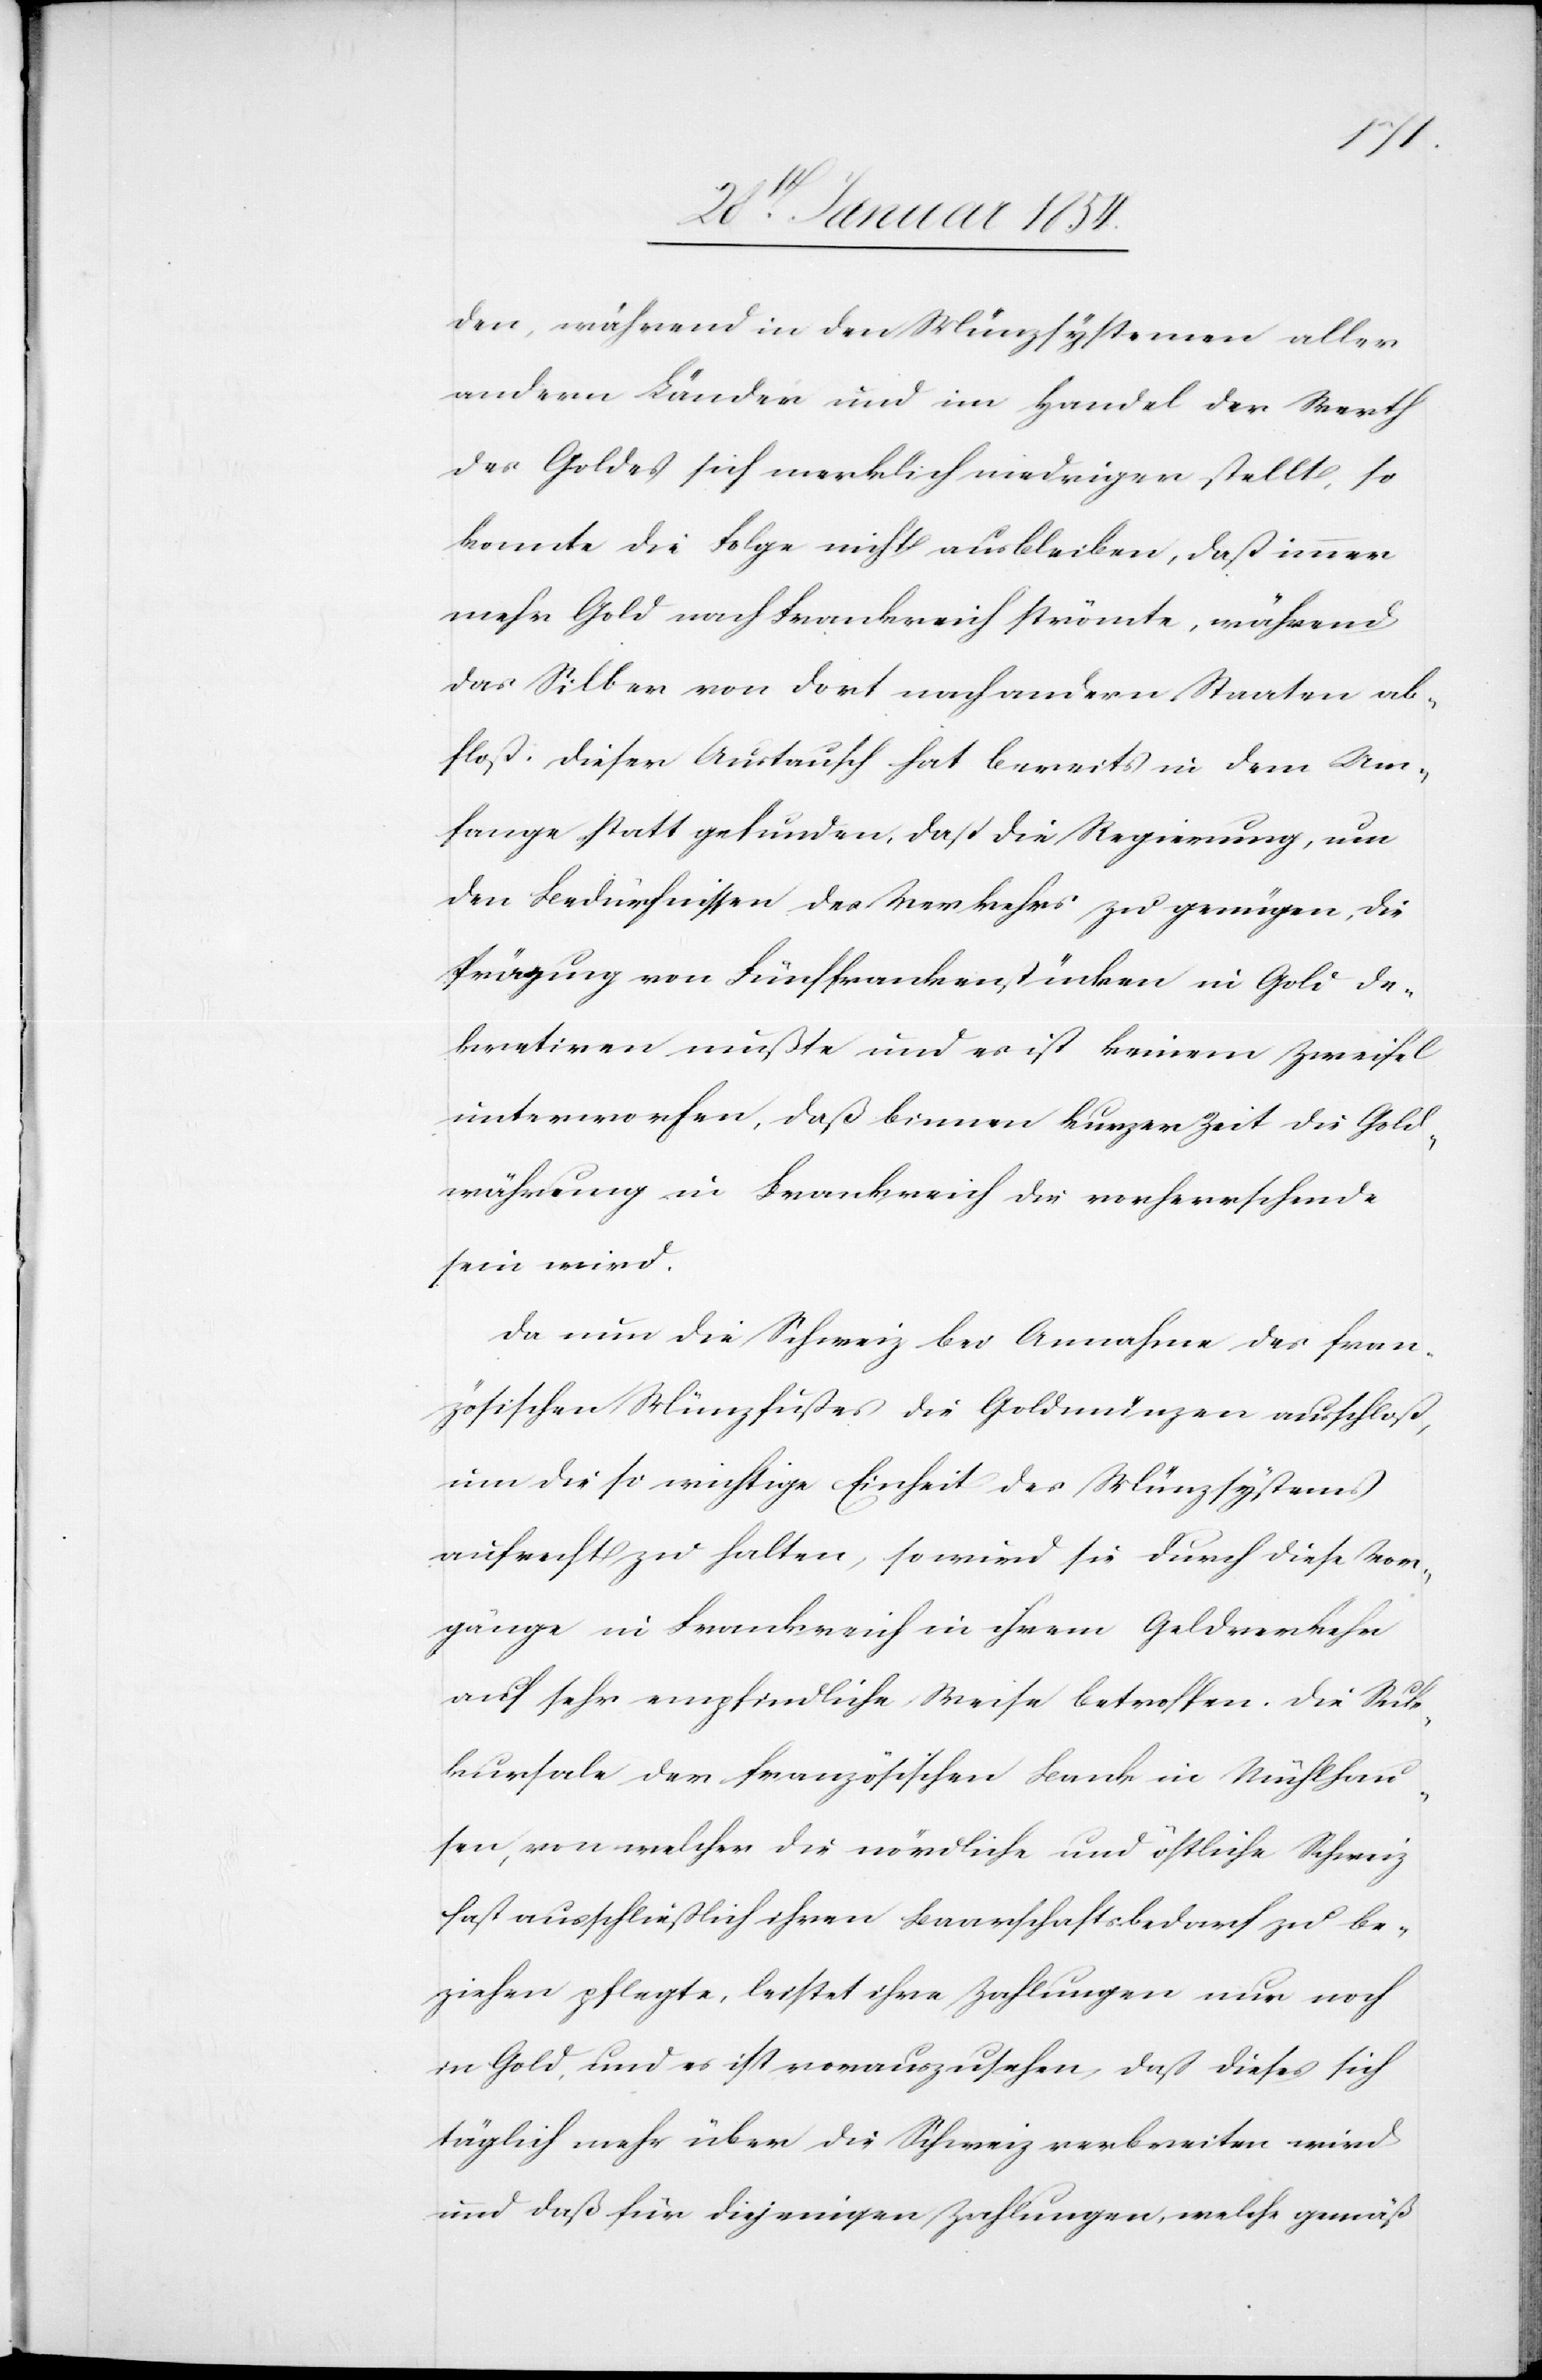
den, während in den Münzsystemen aller
andern Länder und im Handel der Werth
des Goldes sich merklich niedriger stellte, so
konnte die Folge nicht ausbleiben, daß immer
mehr Gold nach Frankreich strömte, während
das Silber von dort nach andern Staaten ab¬
floß. Dieser Austausch hat bereits in dem An¬
fange Statt gefunden, daß die Regierung, um
den Bedürfnißen des Verkehrs zu genügen, die
Prägung von Fünffrankenstücken in Gold de¬
kretiren mußte und es ist keinem Zweifel
unterworfen, daß binnen kurzer Zeit die Gold¬
währung in Frankreich die vorherrschende
sein wird.
Da nun die Schweiz bei Annahme des fran¬
zösischen Münzfußes die Goldmünzen ausschloß,
um die so wichtige Einheit des Münzsystems
aufrecht zu halten, so wird sie durch diese Vor¬
gänge in Frankreich in ihrem Geldverkehr
auf sehr empfindliche Weise betroffen. Die Suk¬
kursale der französischen Bank in Mühlhau¬
sen, von welcher die nördliche und östliche Schweiz
hat ausschließlich ihren Baarschaftsbedarf zu be¬
ziehen pflegte, leistet ihre Zahlungen nur noch
in Gold, und es ist vorauszusehen, daß dieses sich
täglich mehr über die Schweiz verbreiten wird
und daß für diejenigen Zahlungen, welche gemäß